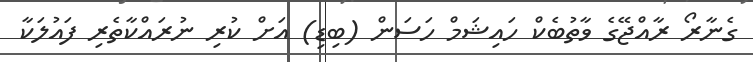
ގެނާރޯ ރާއްޖޭގެ ވާތުބެކް ހައިޝަމް ހަސަން (ބިޑި) އަށް ކުރި ނުރައްކާތެރި ފައުލަކާ